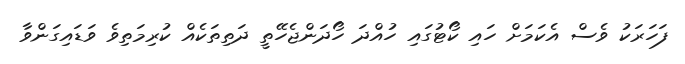
ފަހަރަކު ވެސް އެކަމަށް ހައި ކޯޓުގައި ހުއްދަ ހޯދަންޖެހޭތީ ދަތިތަކެއް ކުރިމަތިވެ ވަޑައިގަންވާ